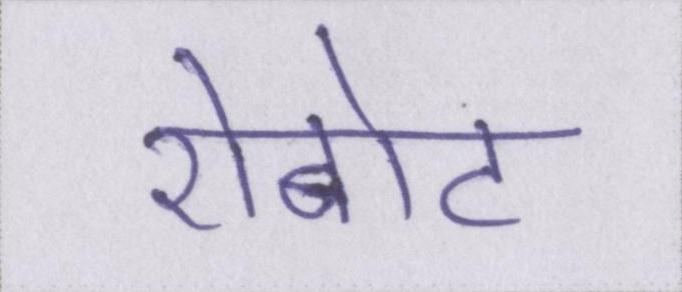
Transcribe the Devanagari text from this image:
रोबोट